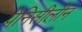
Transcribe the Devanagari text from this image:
पेनिसीलीन